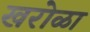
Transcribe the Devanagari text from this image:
खरोळा